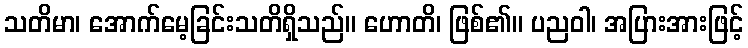
သတိမာ၊ အောက်မေ့ခြင်းသတိရှိသည်။ ဟောတိ၊ ဖြစ်၏။ ပညဝါ၊ အပြားအားဖြင့်